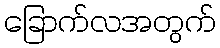
ခြောက်လအတွက်